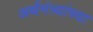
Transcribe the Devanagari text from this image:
अर्थमंत्र्यांच्या